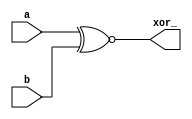
`timescale 1ns / 1ps
//////////////////////////////////////////////////////////////////////////////////
// Company: 
// Engineer: 
// 
// Design Name: 
// Module Name: bitwise_xnor
// Project Name: 
// Target Devices: 
// Tool Versions: 
// Description: 
// 
// Dependencies: 
// 
// Revision:
// Revision 0.01 - File Created
// Additional Comments:
// 
//////////////////////////////////////////////////////////////////////////////////


`timescale 1ns / 1ps
 module bitwise_xnor(
input [5:0] a,
input [5:0] b,
output [5:0] xor_
);

assign xor_ = a ~^b; 
endmodule